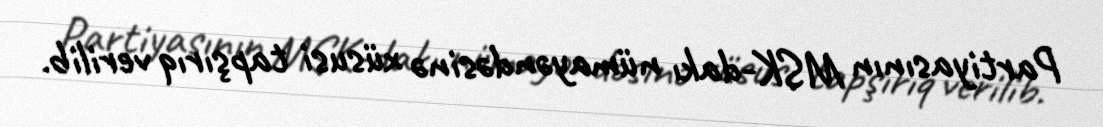
Partiyasının MSK-dakı nümayəndəsinə xüsusi tapşırıq verilib.